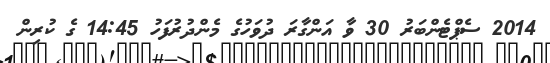
2014 ސެޕްޓެންބަރު 30 ވާ އަންގާރަ ދުވަހުގެ މެންދުރުފަހު 14:45 ގެ ކުރިން